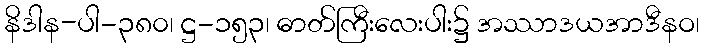
နိဒါန-ပါ-၃၈၀၊ ဋ္ဌ-၁၅၃၊ ဓာတ်ကြီးလေးပါး၌ အဿာဒယအာဒီနဝ၊